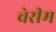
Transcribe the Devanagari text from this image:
चेरीम